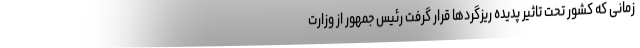
زمانی که کشور تحت تاثیر پدیده ریزگردها قرار گرفت رئیس جمهور از وزارت